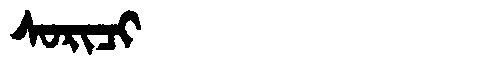
Manchu: ᠰᠣᡵᡳᠴᡳ
Romanization: SORICI